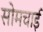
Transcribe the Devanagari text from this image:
सोमचाई